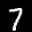
Label: 7